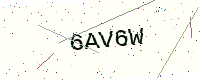
Text: 6AV6W